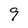
Character: 9